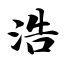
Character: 浩